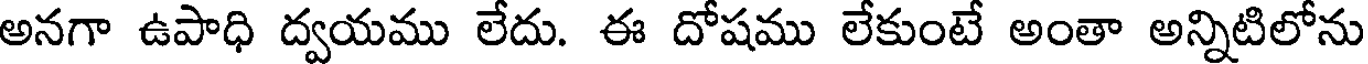
అనగా ఉపాధి ద్వయము లేదు. ఈ దోషము లేకుంటే అంతా అన్నిటిలోను